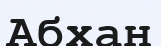
Абхан